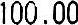
100.00